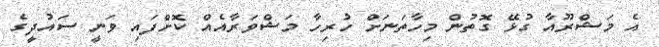
އެ މަޝްރޫއާ ގުޅޭ ގޮތުން މިހާތަނަށް ހުރިހާ މަޝްވަރާއެއް ކޮށްފައި ވަނީ ސައުދީގެ